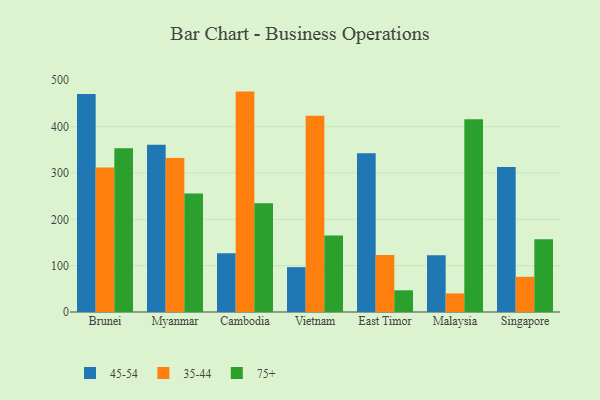
{"axis": {"x": "Country", "y": "Shipments"}, "legend": ["35-44", "45-54", "75+"], "data": [{"x": "Brunei", "y": 470.5, "type": "45-54"}, {"x": "Brunei", "y": 311.9, "type": "35-44"}, {"x": "Brunei", "y": 353.2, "type": "75+"}, {"x": "Myanmar", "y": 361.1, "type": "45-54"}, {"x": "Myanmar", "y": 332.5, "type": "35-44"}, {"x": "Myanmar", "y": 255.8, "type": "75+"}, {"x": "Cambodia", "y": 126.7, "type": "45-54"}, {"x": "Cambodia", "y": 475.6, "type": "35-44"}, {"x": "Cambodia", "y": 234.7, "type": "75+"}, {"x": "Vietnam", "y": 96.8, "type": "45-54"}, {"x": "Vietnam", "y": 423.4, "type": "35-44"}, {"x": "Vietnam", "y": 165.1, "type": "75+"}, {"x": "East Timor", "y": 342.4, "type": "45-54"}, {"x": "East Timor", "y": 123.1, "type": "35-44"}, {"x": "East Timor", "y": 46.8, "type": "75+"}, {"x": "Malaysia", "y": 122.6, "type": "45-54"}, {"x": "Malaysia", "y": 40.1, "type": "35-44"}, {"x": "Malaysia", "y": 415.7, "type": "75+"}, {"x": "Singapore", "y": 312.7, "type": "45-54"}, {"x": "Singapore", "y": 75.9, "type": "35-44"}, {"x": "Singapore", "y": 156.9, "type": "75+"}]}